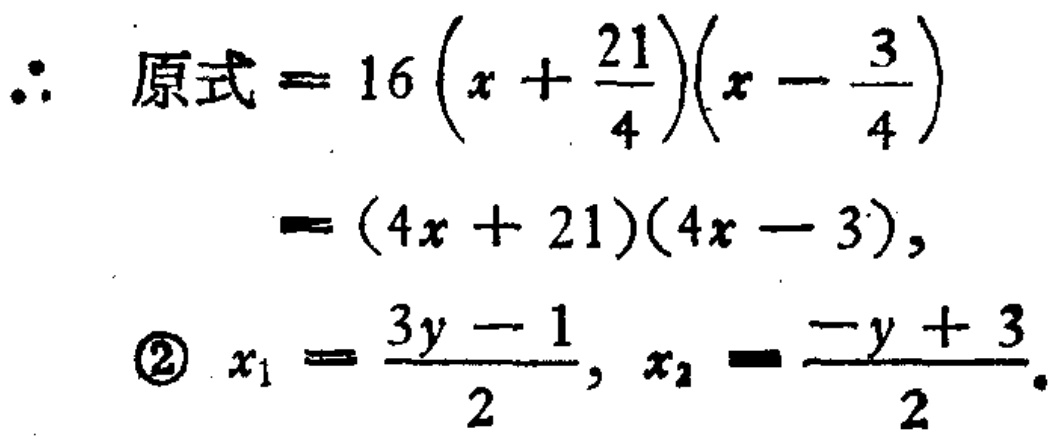
\(\therefore 原式 = 16\left(x + \frac{21}{4}\right)\left(x - \frac{3}{4}\right)\)
\(=(4x + 21)(4x - 3),\)
\(\textcircled{2} x_1 = \frac{3y - 1}{2}, x_2 = \frac{-y + 3}{2}.\)